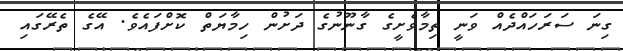
ގިނަ ސަރަހައްދެއް ވަނީ ތިމާވެށީގެ ގާނޫނުގެ ދަށުން ހިމާޔަތް ކޮށްފައެވެ. އޭގެ ތެރޭގައި